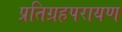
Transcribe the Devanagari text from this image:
प्रतिग्रहपरायण